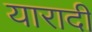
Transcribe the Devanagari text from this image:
यारादी